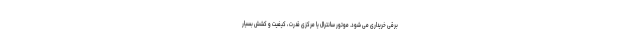
برقی خریداری می شود. موتور سانترال یا مرکزی قدرت ، کیفیت و کشش بسیار